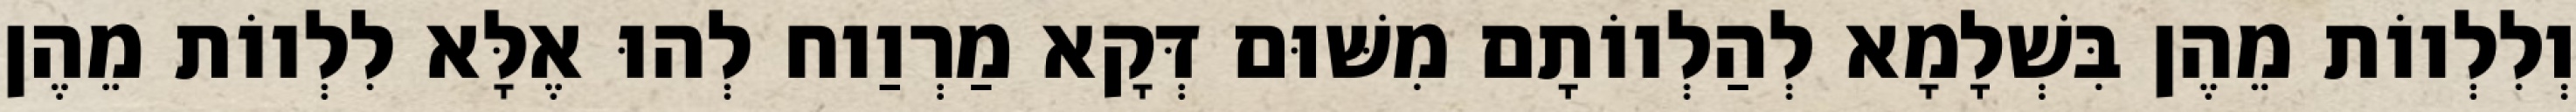
וְלִלְווֹת מֵהֶן בִּשְׁלָמָא לְהַלְווֹתָם מִשּׁוּם דְּקָא מַרְוַוח לְהוּ אֶלָּא לִלְווֹת מֵהֶן